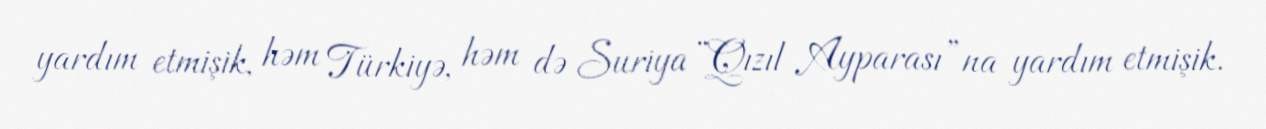
yardım etmişik, həm Türkiyə, həm də Suriya “Qızıl Ayparası”na yardım etmişik.